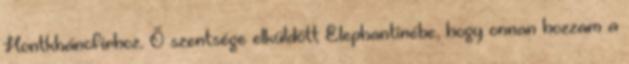
Hontkhánofirhoz. Ő szentsége elküldött Elephantinébe, hogy onnan hozzam a